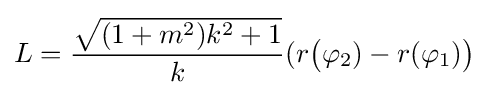
L={\frac {\sqrt {(1+m^{2})k^{2}+1}}{k}}(r{\big (}\varphi _{2})-r(\varphi _{1}){\big )}\